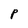
Character: P